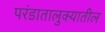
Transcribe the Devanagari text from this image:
परंडातालुक्यातील